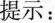
提示：